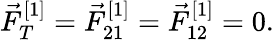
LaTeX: \vec{F}_{T}^{[1]}=\vec{F}_{21}^{[1]}=\vec{F}_{12}^{[1]}=0.